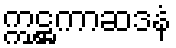
ဣဋ္ဌကာဆဒနံ